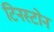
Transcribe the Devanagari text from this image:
टिनस्टोन